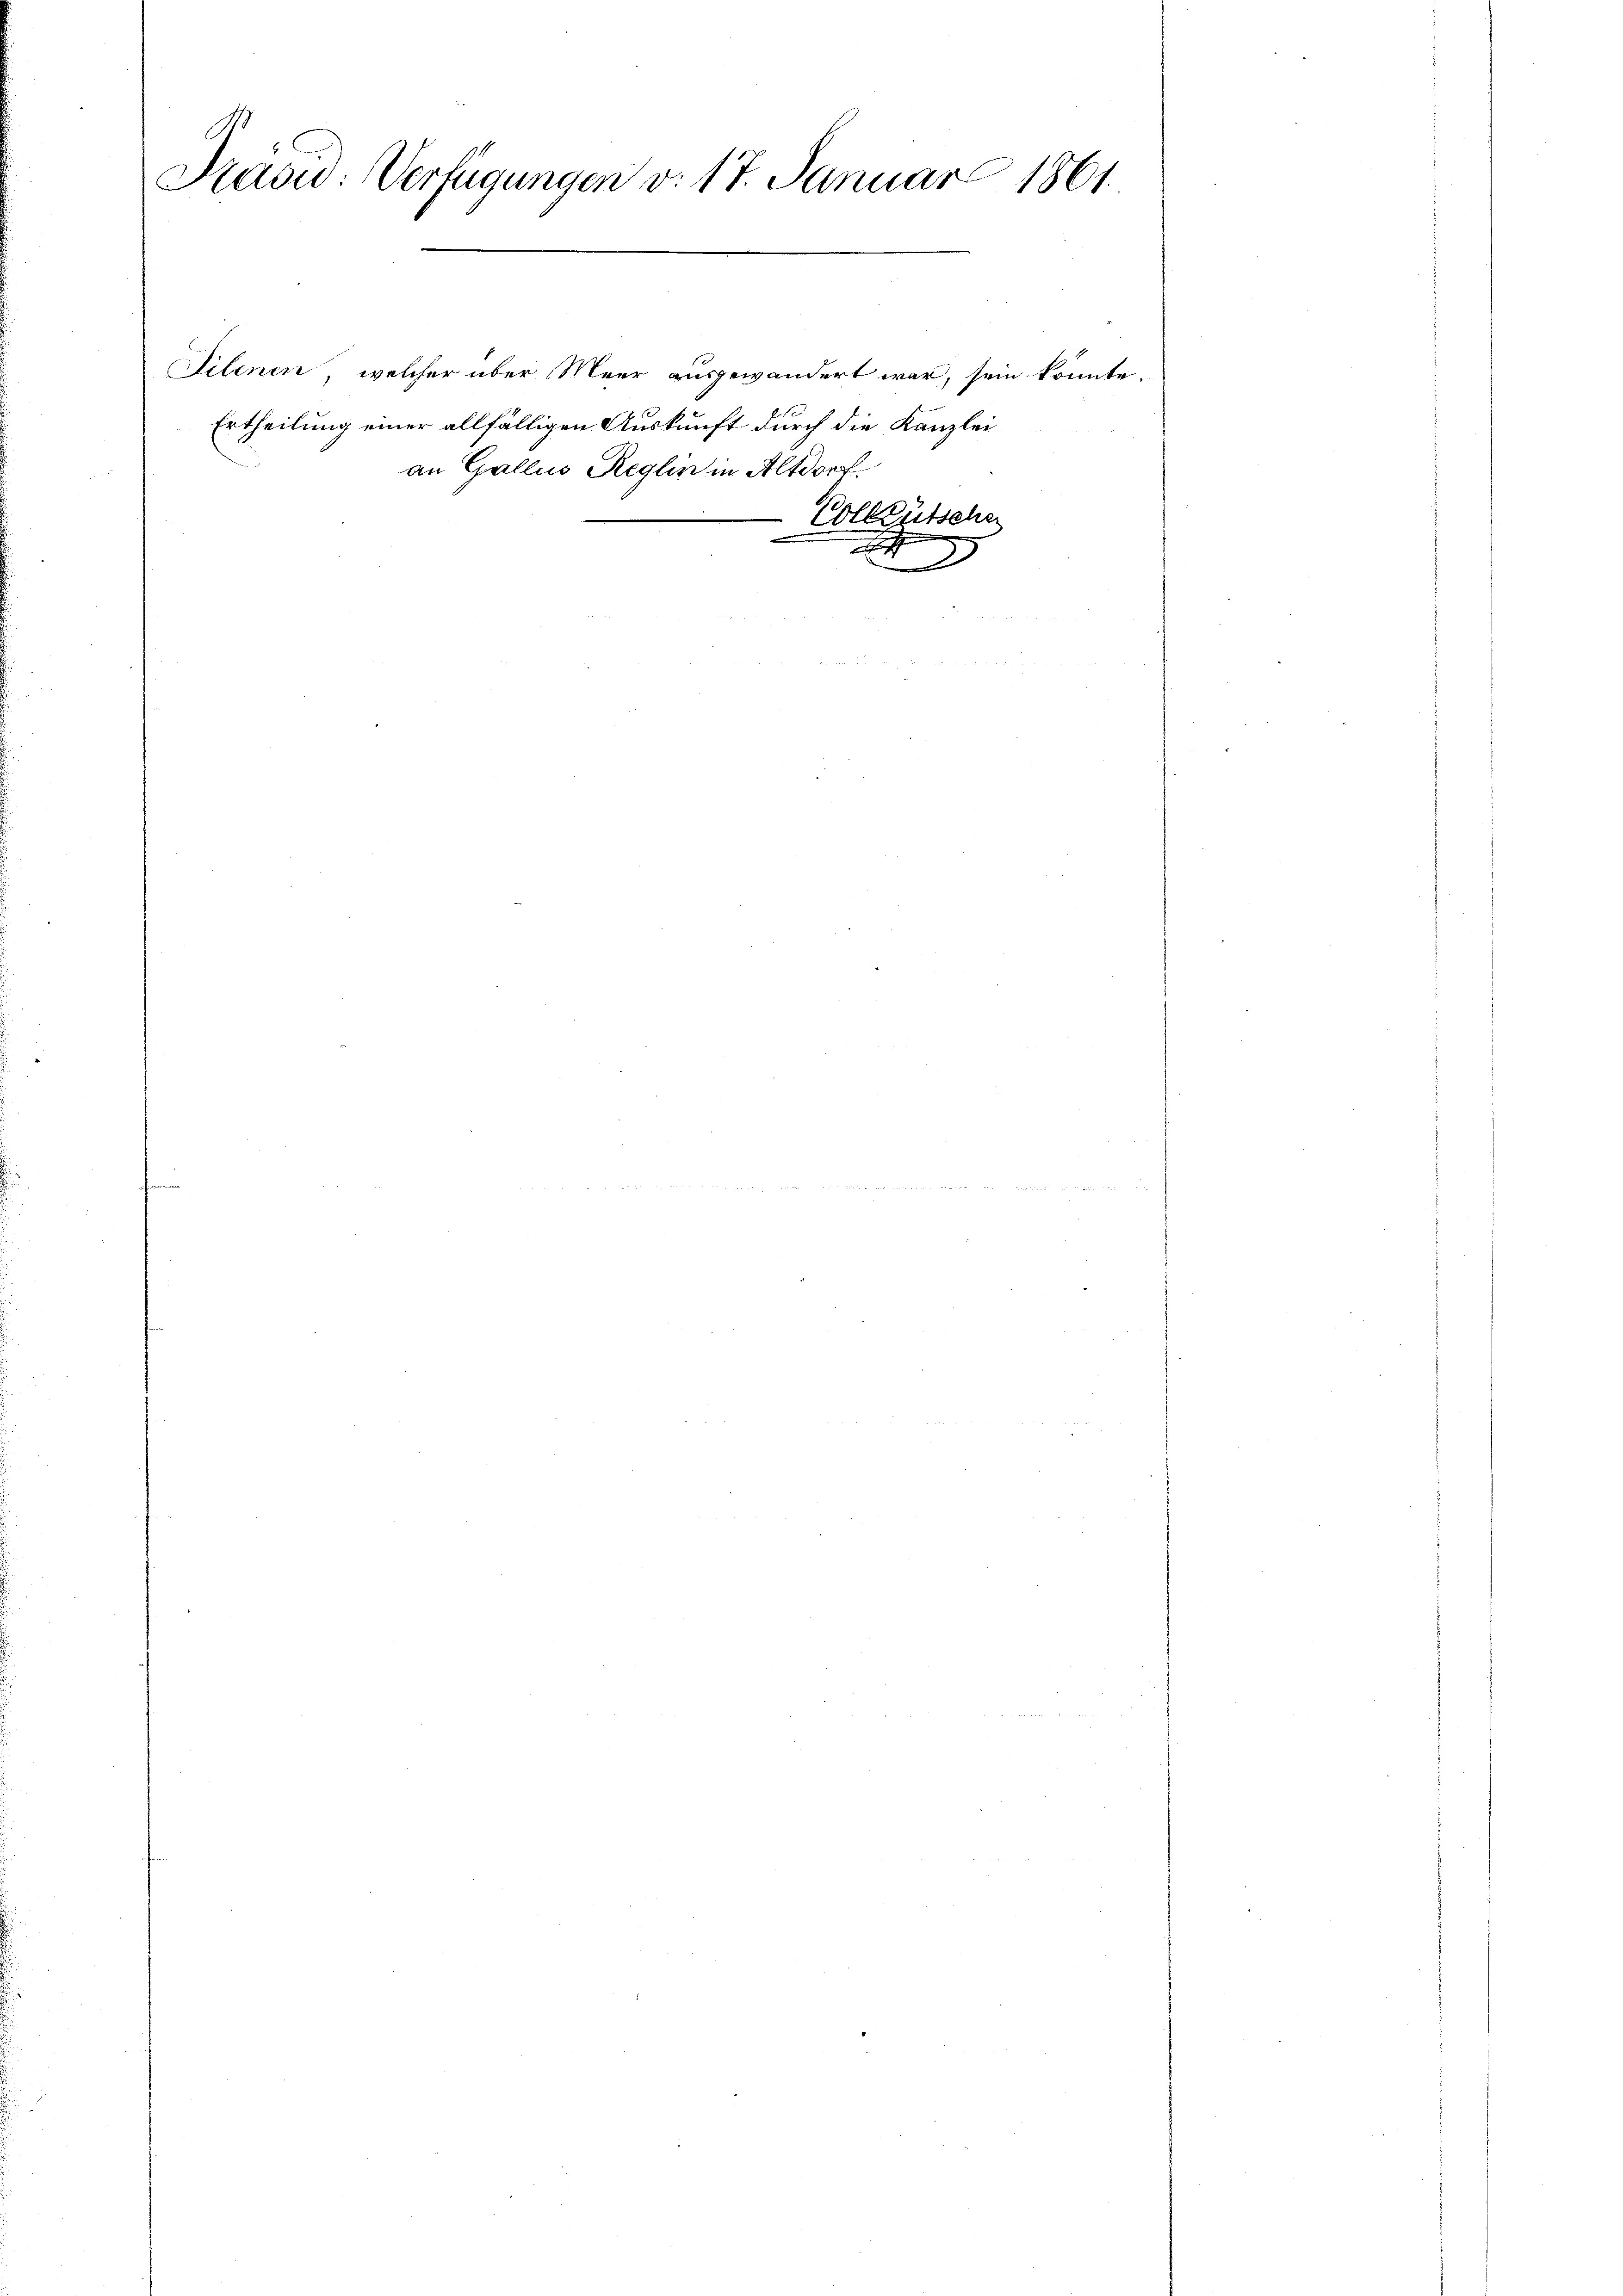
Prävid: Verfügungen v. 17. Januar 1861.
x

Ertheilung einer allfälligen Auskunft durch die Kanzlei-

Silenen, welcher über Meer ausgewandert war, sein könnte.
an Gallis Reglin in Altdorf.
Colleütsche
.

h
2